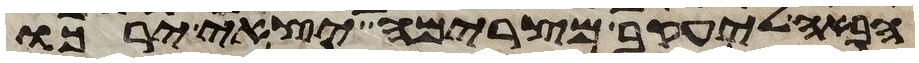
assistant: הבאה ליעקב מצרימה יצאי ירכו